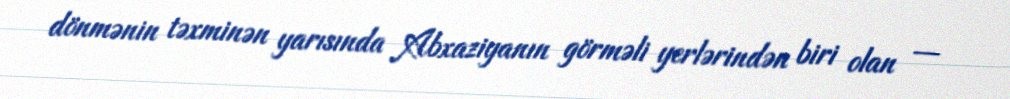
dönmənin təxminən yarısında Abxaziyanın görməli yerlərindən biri olan —